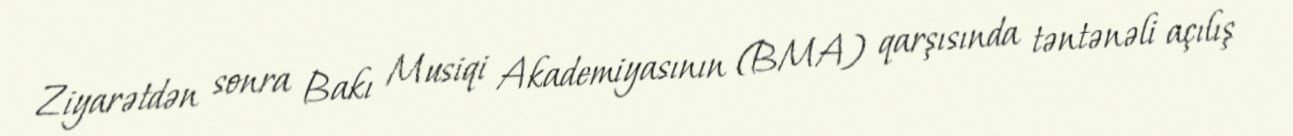
Ziyarətdən sonra Bakı Musiqi Akademiyasının (BMA) qarşısında təntənəli açılış